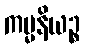
ကမ္မနိယဉ္စ